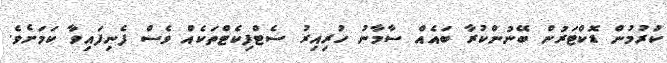
ކުރުމުން ޑޮކްޓަރުން ބޭނުންކުރާ ބައެއް ސާމާނު ހުރިއިރު ސެޓްފިކެޓްތަކެއް ވެސް ފެނިފައިވާ ކަމަށެވެ.